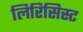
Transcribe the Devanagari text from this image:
लिरिसिस्ट